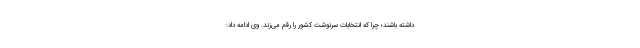
داشته باشند؛ چرا که انتخابات سرنوشت کشور را رقم می‌زند. وی ادامه داد: